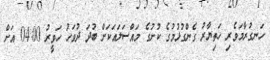
ހަނގުރާމަވެރި ހަތިޔާރު ގެންގުޅުމުގެ ކުށުގެ މައްސަލައަކަށް ބުދަ ދުވަހު ހަވީރު 04:00 އަށް